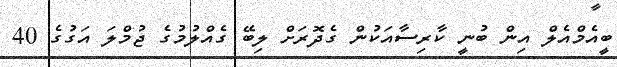
ބީއެމްއެލް އިން ބުނީ ކާރިސާއަކުން ގެދޮރަށް ލިބޭ ގެއްލުމުގެ ޖުމްލަ އަގުގެ 40